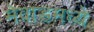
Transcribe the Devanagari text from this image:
मेवाडमध्ये